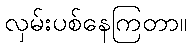
လှမ်းပစ်နေကြတာ။